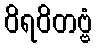
ဝိရဝိတဗ္ဗံ